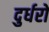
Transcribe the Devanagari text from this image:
दुर्धरो